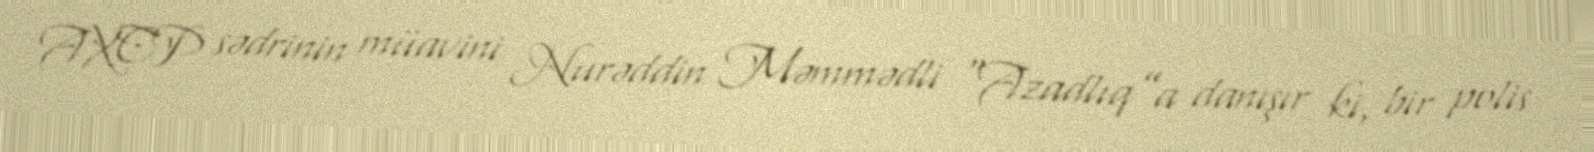
AXCP sədrinin müavini Nurəddin Məmmədli “Azadlıq”a danışır ki, bir polis